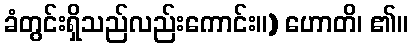
ခံတွင်းရှိသည်လည်းကောင်း။) ဟောတိ၊ ၏။